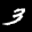
Label: 3